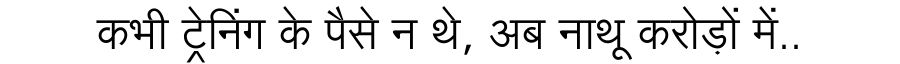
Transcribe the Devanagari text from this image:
कभी ट्रेनिंग के पैसे न थे, अब नाथू करोड़ों में..